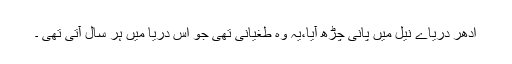
ادھر دریاے نیل میں پانی چڑھ آیا،یہ وہ طغیانی تھی جو اس دریا میں ہر سال آتی تھی ۔